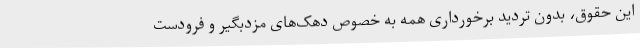
این حقوق، بدون تردید برخورداری همه به خصوص دهک‌های مزدبگیر و فرودست